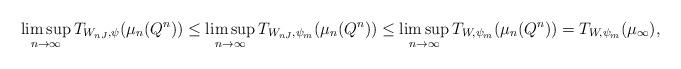
LaTeX: \begin{align*}\limsup_{n \to \infty} T_{W_{nJ}, \psi}(\mu_n(Q^n)) &\le \limsup_{n \to \infty} T_{W_{nJ},\psi_m}(\mu_n(Q^n)) \le \limsup_{n \to \infty} T_{W,\psi_m}(\mu_n(Q^n)) = T_{W,\psi_m}(\mu_\infty), \end{align*}